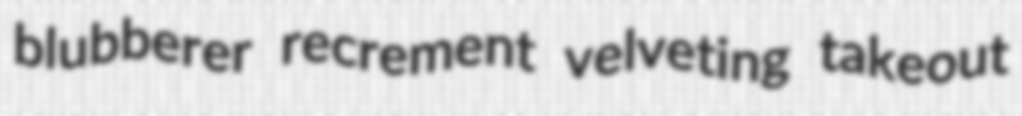
blubberer recrement velveting takeout